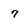
Character: 7